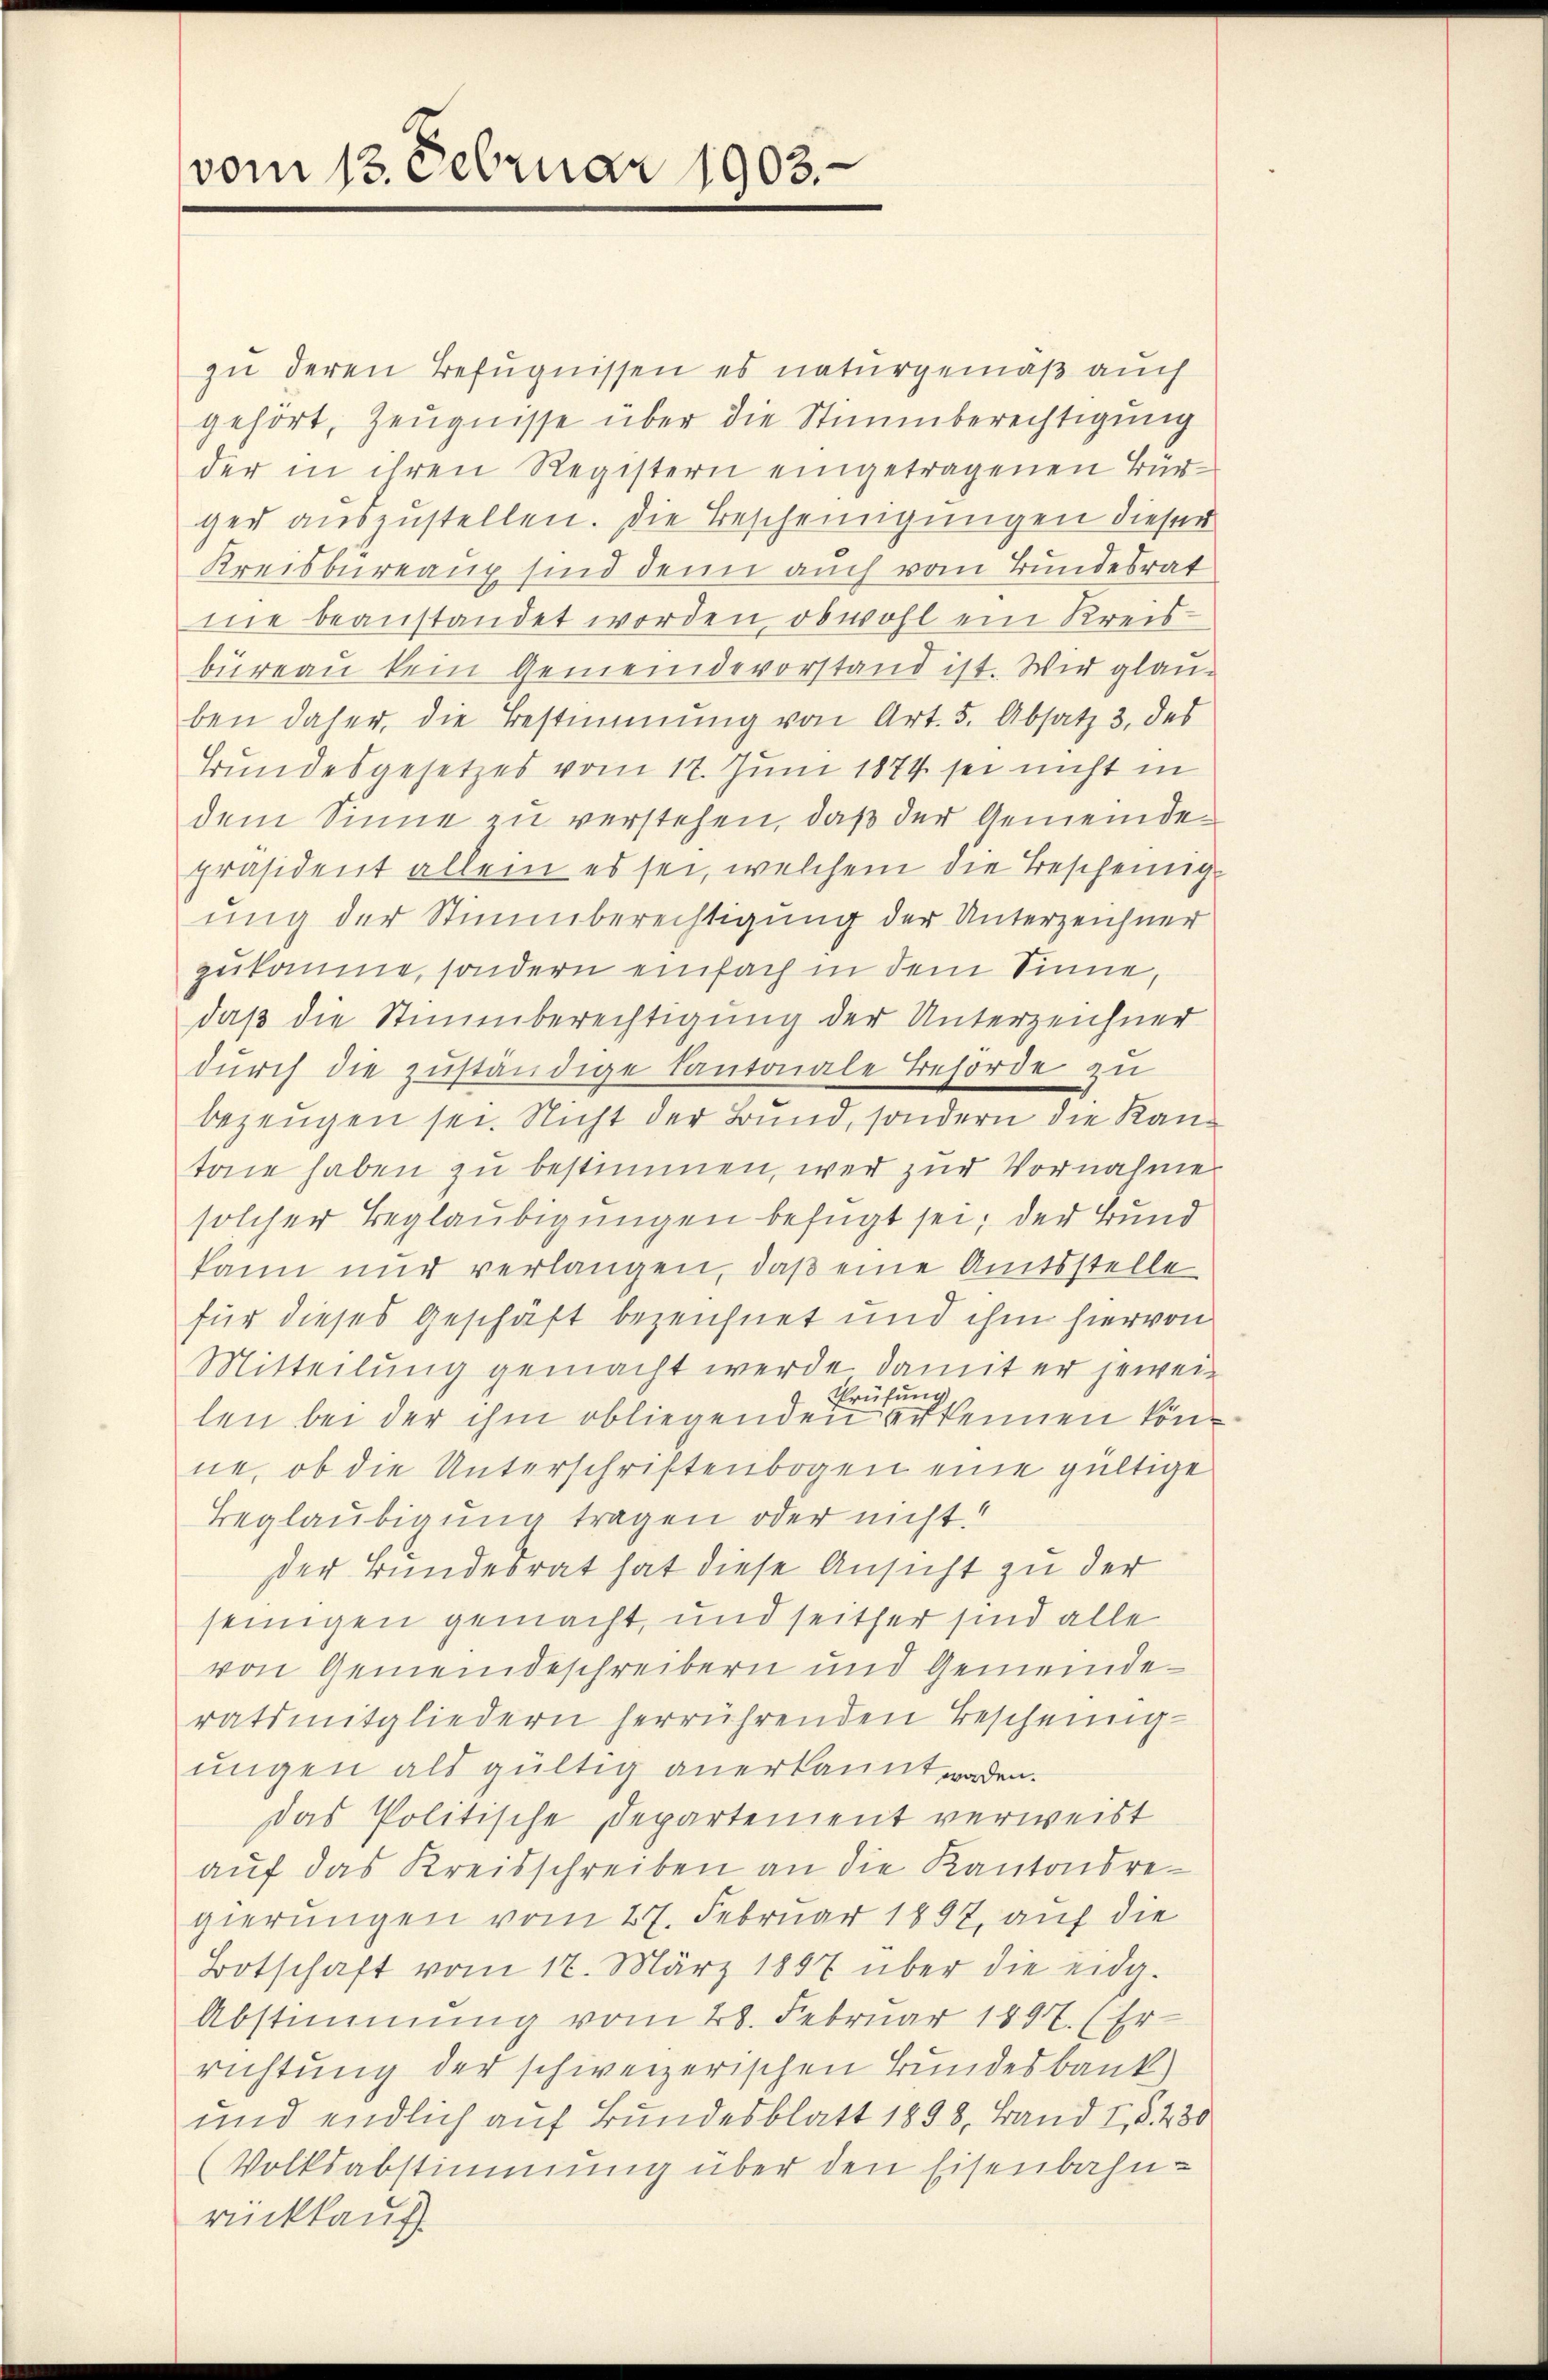
vom 13. Februar 1903.

zu deren Befugnissen es naturgemäß auch
gehört, Zeugnisse über die Stimmberechtigung
der in ihren Registern eingetragenen Bürger auszustellen. Die Bescheinigungen dieser
Kreisbureaux sind denn auch vom Bundesrat
me beanstandet worden, obwohl ein Kreisbüreau kein Gemeindevorstand ist. Wir glauben daher, die Bestimmung von Art. 5. Absatz 3. des
Bundesgesetzes vom 17. Juni 1874 sei nicht in
dem Sinne zu verstehen, daß der Gemeindepräsident allein es sei, welchem die Bescheinigung der Stimmberechtigung der Unterzeichner
zukomme, sondern einfach in dem Sinne,
daß die Stimmberechtigung der Unterzeichner
durch die zuständige Kantonale Behörde zu
bezeugen sei. Nicht der Bund, sondern die Kantan haben zu bestimmen, wer zur Vornahme
solcher Beglaubigungen befügt sei; der Bund
kann nur verlangen, daß eine Amtsstelle
für dieses Geschäft bezeichnet und ihm hiervon
Mitteilung gemacht werde, damit er jewei¬
Prüfung
len bei der ihm obliegenden erkennen könne, ob die Unterschriftenbogen eine gültige
Beglaubigung tragen oder nicht!
der Bundesrat hat diese Ansicht zu der
seinigen gemacht, und seither sind alle
von Gemeindeschreibern und Gemeinderatsmitgliedern herrührenden Bescheinig-
ungen als gültig anerkannt worden.
Das Politische Departement verweist
auf das Kreisschreiben an die Kantonsregierungen vom 27. Februar 1897 auf die
Botschaft vom 17. März 1897 über die eidg.
Abstimmung vom 28. Februar 1897. (Er
richtung der schweizerischen Bundesbank)
und endlich auf Bundesblatt 1898, Band I, S. 430
(Volksabstimmung über den Eisenbahn-
rückkauf.